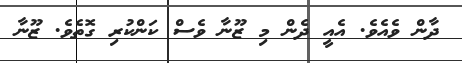
ދާން ވެއެވެ. އެއީ ދެން މި ޒޫނާ ވެސް ކަންކުރި ގޮތެވެ. ޒޫނާ